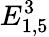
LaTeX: E_{1,5}^{3}